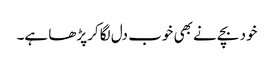
خود بچے نے بھی خوب دل لگا کرپڑھا ہے۔